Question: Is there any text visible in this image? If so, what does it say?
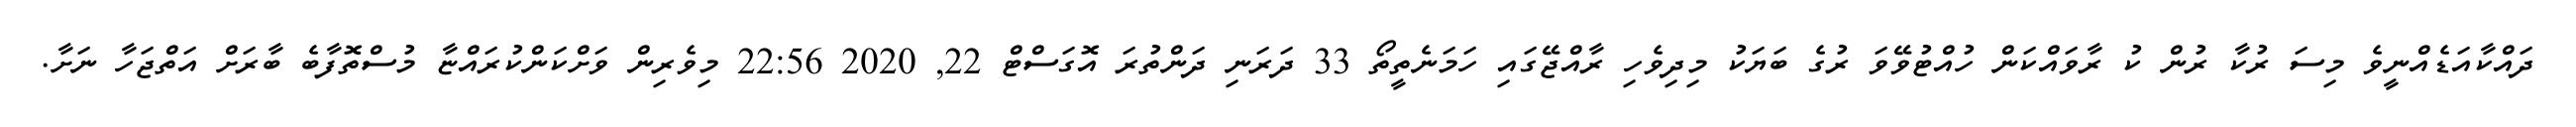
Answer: ދައްކާއަޑެއްނީވެ މިސަ ރުކާ ރުން ކު ރާވައްކަން ހުއްޓުވޭވަ ރުގެ ބަޔަކު މިދިވެހި ރާއްޖޭގައި ހަމަނެތީތޯ 33 ދަރަނި ދަންތުރަ އޮގަސްޓް 22, 2020 22:56 މިވެރިން ވަށްކަންކުރައްޏާ މުސްތޮފާބެ ބާރަށް އަތްޖަހާ ނަށާ.